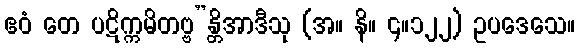
ဧဝံ တေ ပဋိက္ကမိတဗ္ဗ”န္တိအာဒီသု (အ။ နိ။ ၄။၁၂၂) ဥပဒေသေ။